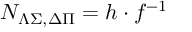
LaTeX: { \cal N } _ { \Lambda \Sigma , \Delta \Pi } = h \cdot f ^ { - 1 }